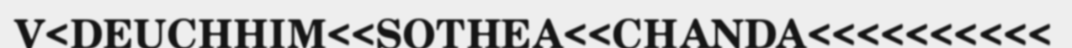
V<DEUCHHIM<<SOTHEA<<CHANDA<<<<<<<<<<